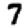
Digit: 7